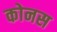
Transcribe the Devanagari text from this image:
कोनस